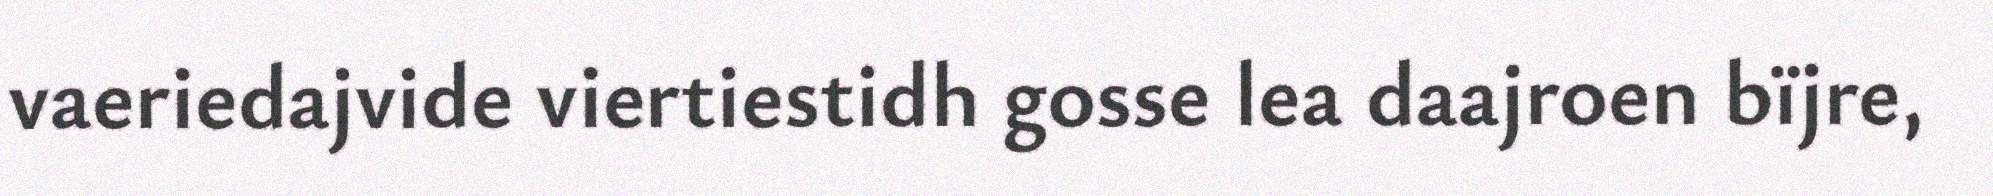
vaeriedajvide viertiestidh gosse lea daajroen bïjre,